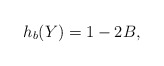
\begin{align*}h_b(Y)& = 1-2B,\end{align*}